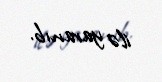
ilə yaranıb.